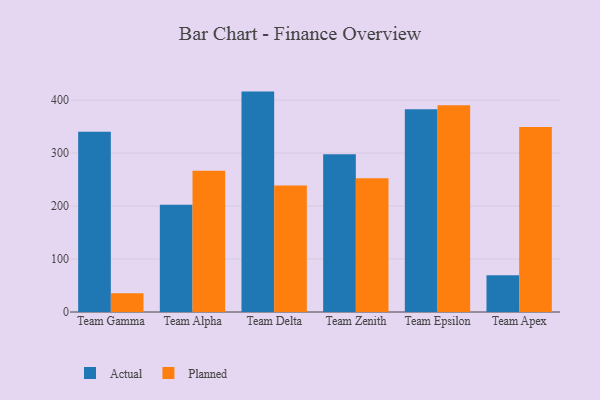
{"axis": {"x": "Team", "y": "Operating Costs (USD K)"}, "legend": ["Actual", "Planned"], "data": [{"x": "Team Gamma", "y": 340.5, "type": "Actual"}, {"x": "Team Gamma", "y": 35.3, "type": "Planned"}, {"x": "Team Alpha", "y": 202.3, "type": "Actual"}, {"x": "Team Alpha", "y": 266.7, "type": "Planned"}, {"x": "Team Delta", "y": 416.1, "type": "Actual"}, {"x": "Team Delta", "y": 238.7, "type": "Planned"}, {"x": "Team Zenith", "y": 298.0, "type": "Actual"}, {"x": "Team Zenith", "y": 252.5, "type": "Planned"}, {"x": "Team Epsilon", "y": 382.6, "type": "Actual"}, {"x": "Team Epsilon", "y": 390.5, "type": "Planned"}, {"x": "Team Apex", "y": 69.5, "type": "Actual"}, {"x": "Team Apex", "y": 349.3, "type": "Planned"}]}